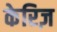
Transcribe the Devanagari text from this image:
केरिज़